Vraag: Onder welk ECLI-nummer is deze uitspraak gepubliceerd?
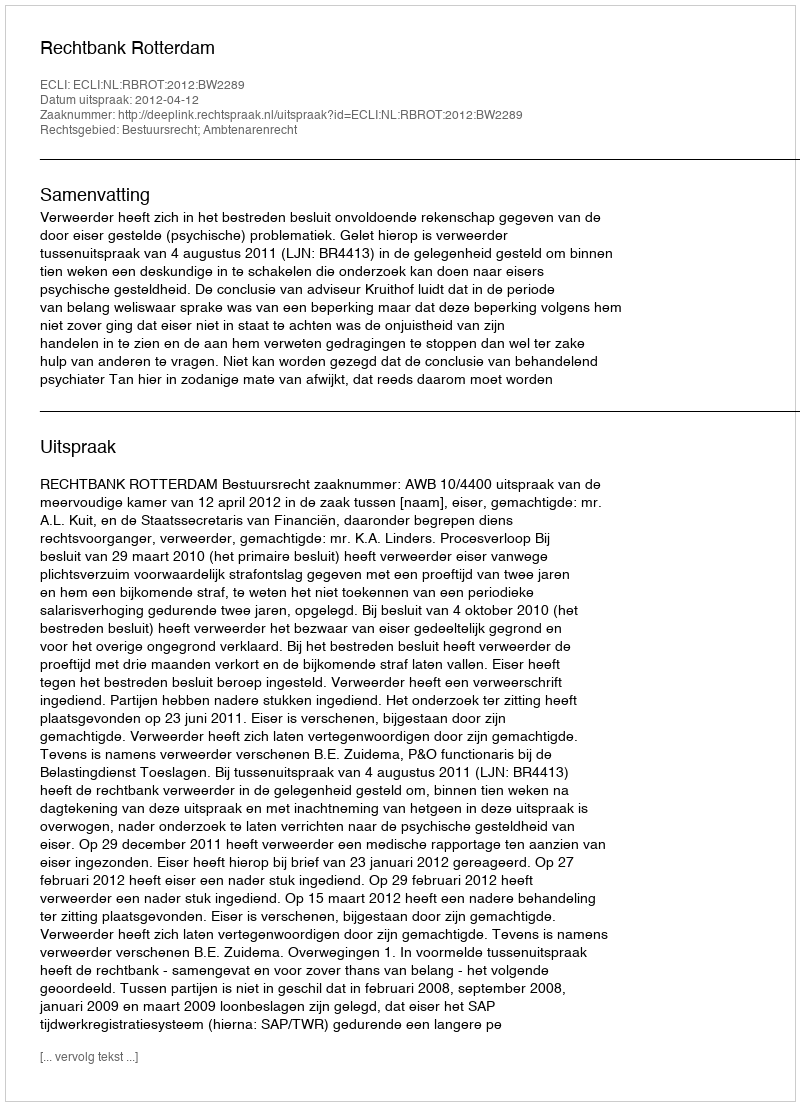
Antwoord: ECLI:NL:RBROT:2012:BW2289